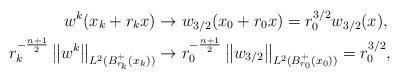
LaTeX: \begin{align*}w^k(x_k + r_k x) &\rightarrow w_{3/2}(x_0+ r_0 x) = r_0^{3/2} w_{3/2}(x),\\r^{-\frac{n+1}{2}}_k \left\| w^k\right\|_{L^2(B_{r_k}^+(x_k))} &\rightarrow r^{-\frac{n+1}{2}}_0 \left\| w_{3/2}\right\|_{L^2(B_{r_0}^+(x_0))} = r^{3/2}_0,\end{align*}